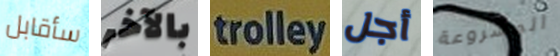
سأقابل بالآخر trolley أجل المشروعة